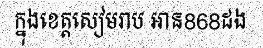
ក្នុងខេត្តសៀមរាប អាន868ដង